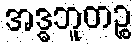
အဒ္ဓဘူတဉ္စ